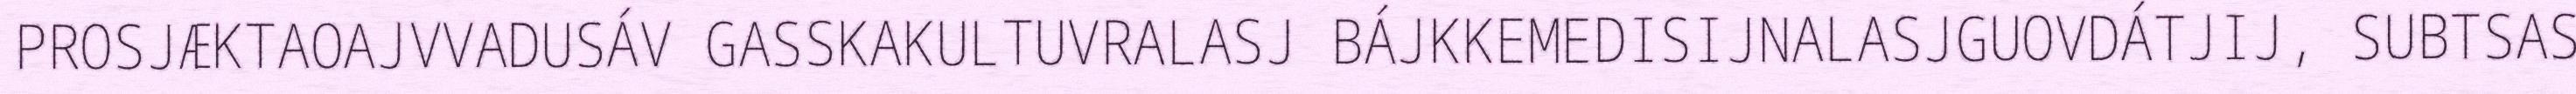
PROSJÆKTAOAJVVADUSÁV GASSKAKULTUVRALASJ BÁJKKEMEDISIJNALASJGUOVDÁTJIJ, SUBTSAS